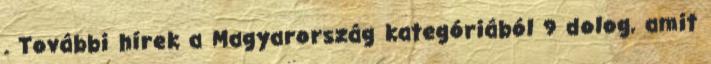
. További hírek a Magyarország kategóriából 9 dolog, amit